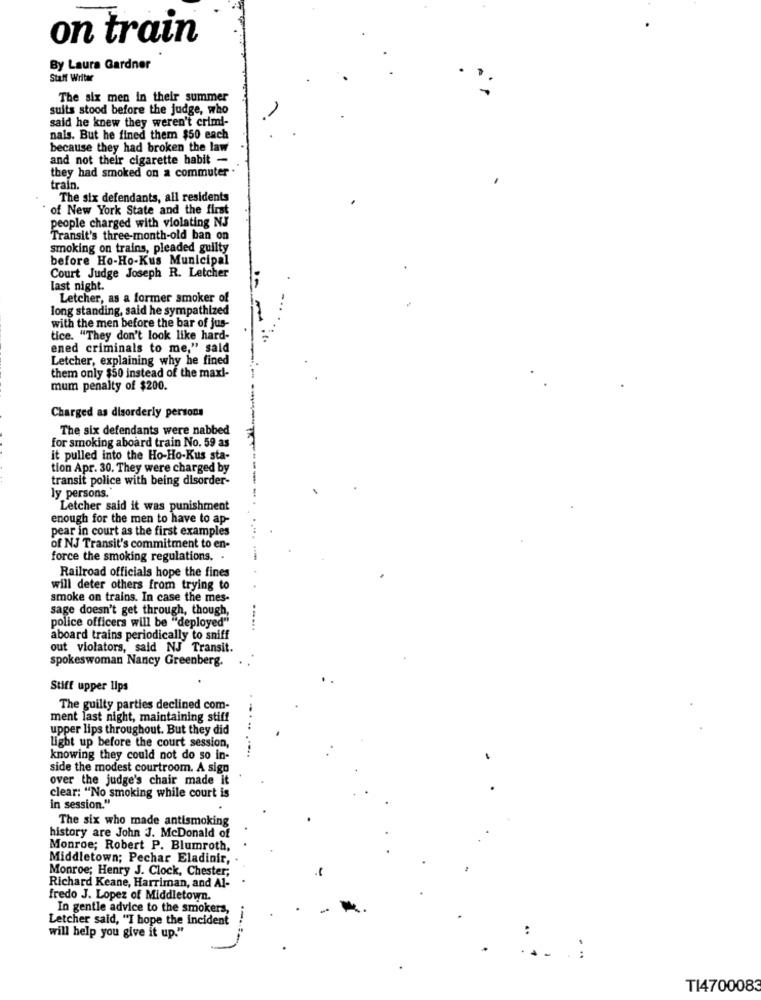
on train
By Laura Gardner
Staff Writer
The six men in their summer
suits stood before the judge, who
said he knew they weren't crimi-
nals. But he fined them $50 each
because they had broken the law
and not their cigarette habit -
they had smoked on a commuter .
train.
The six defendants, all residents
of New York State and the first
people charged with violating NJ
Transit's three-month-old ban on
smoking on trains, pleaded guilty
before Ho-Ho-Kus Municipal
Court Judge Joseph R. Letcher
last night.
Letcher, as a former smoker of
long standing, said he sympathized
with the men before the bar of jus-
tice. "They don't look like hard-
ened criminals to me," said
Letcher, explaining why he fined
them only $50 instead of the maxi-
mum penalty of $200.
Charged as disorderly persons
The six defendants were nabbed
for smoking aboard train No. 59 as
it pulled into the Ho-Ho-Kus sta-
tion Apr. 30. They were charged by
transit police with being disorder-
ly persons.
Letcher said it was punishment
enough for the men to have to ap-
pear in court as the first examples
of NJ Transit's commitment to en-
force the smoking regulations. .
Railroad officials hope the fines
will deter others from trying to
smoke on trains. In case the mes-
sage doesn't get through, though,
police officers will be "deployed"
aboard trains periodically to sniff
out violators, said NJ Transit.
spokeswoman Nancy Greenberg.
Stiff upper lips
The guilty parties declined com-
ment last night, maintaining stiff
upper lips throughout. But they did
light up before the court session,
knowing they could not do so in-
side the modest courtroom. A sign
over the judge's chair made it
clear: "No smoking while court is
in session."
The six who made antismoking
history are John J. McDonald of
Monroe; Robert P. Blumroth,
Middletown; Pechar Eladinir,
Monroe; Henry J. Clock, Chester;
Richard Keane, Harriman, and Al-
fredo J. Lopez of Middletown.
In gentle advice to the smokers,
Letcher said, "I hope the incident
will help you give it up."
..
TI4700083